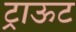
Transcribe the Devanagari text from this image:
ट्राऊट